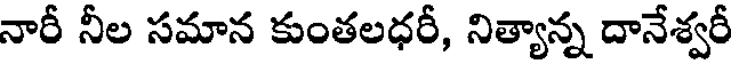
నారీ నీల సమాన కుంతలధరీ, నిత్యాన్న దానేశ్వరీ